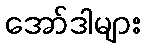
အော်ဒါများ